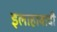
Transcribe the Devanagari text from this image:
इलाहावादी